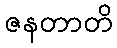
ဇနတာတိ